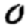
Digit: 0